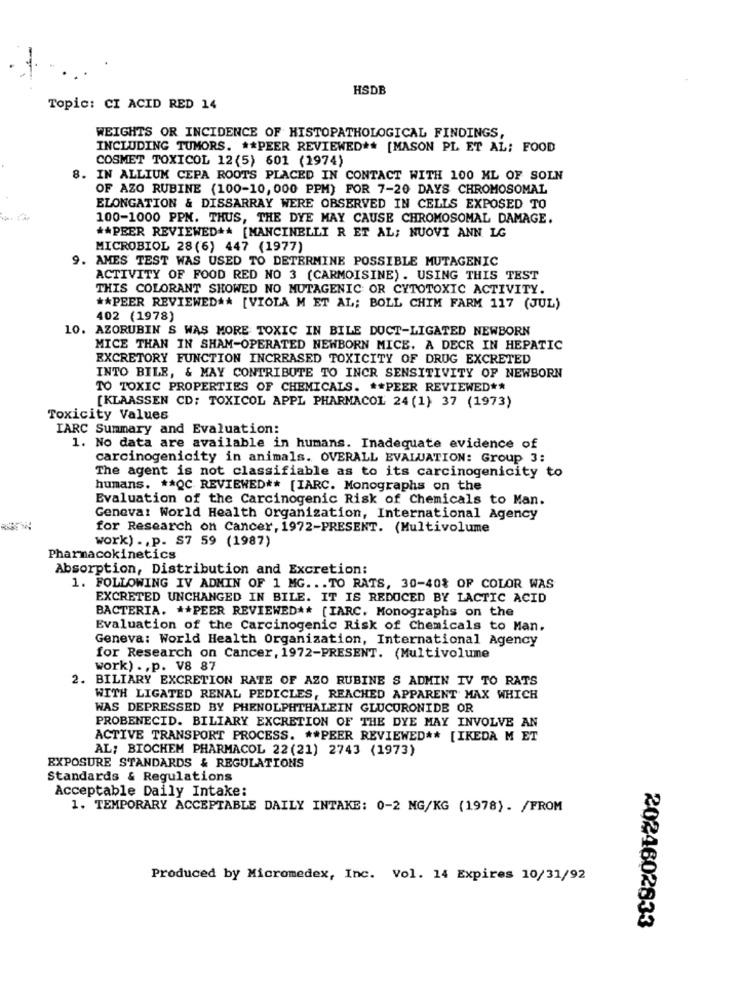
HSDB
Topic: CI ACID RED 14
WEIGHTS OR INCIDENCE OF HISTOPATHOLOGICAL FINDINGS,
INCLUDING TUMORS. ** PEER REVIEWED ** [MASON PL ET AL; FOOD
COSMET TOXICOL 12(5) 601 (1974)
8. IN ALLIUM CEPA ROOTS PLACED IN CONTACT WITH 100 ML OF SOLN
OF AZO RUBINE (100-10, 000 PPM) FOR 7-20 DAYS CHROMOSOMAL
ELONGATION & DISSARRAY WERE OBSERVED IN CELLS EXPOSED TO
100-1000 PPM. THUS, THE DYE MAY CAUSE CHROMOSOMAL DAMAGE.
** PEER REVIEWED ** [MANCINELLI R ET AL; NUOVI ANN LG
MICROBIOL 28(6) 447 (1977)
9. AMES TEST WAS USED TO DETERMINE POSSIBLE MUTAGENIC
ACTIVITY OF FOOD RED NO 3 (CARMOISINE). USING THIS TEST
THIS COLORANT SHOWED NO MUTAGENIC OR CYTOTOXIC ACTIVITY.
** PEER REVIEWED ** [VIOLA M ET AL; BOLL CHIM FARM 117 (JUL)
402 (1978)
10. AZORUBIN S WAS MORE TOXIC IN BILE DUCT-LIGATED NEWBORN
MICE THAN IN SHAM-OPERATED NEWBORN MICE. A DECR IN HEPATIC
EXCRETORY FUNCTION INCREASED TOXICITY OF DRUG EXCRETED
INTO BILE, & MAY CONTRIBUTE TO INCR SENSITIVITY OF NEWBORN
TO TOXIC PROPERTIES OF CHEMICALS. ** PEER REVIEWED **
[KLAASSEN CD; TOXICOL APPL PHARMACOL 24 (1) 37 (1973)
Toxicity Values
IARC Summary and Evaluation:
1. No data are available in humans. Inadequate evidence of
carcinogenicity in animals. OVERALL EVALUATION: Group 3:
The agent is not classifiable as to its carcinogenicity to
humans. #*QC REVIEWED ** [IARC. Monographs on the
Evaluation of the Carcinogenic Risk of Chemicals to Man.
Geneva: World Health Organization, International Agency
for Research on Cancer, 1972-PRESENT. (Multivolume
work) ., p. S7 59 (1987)
Pharmacokinetics
Absorption, Distribution and Excretion:
1. FOLLOWING IV ADMIN OF 1 MG. .. TO RATS, 30-40% OF COLOR WAS
EXCRETED UNCHANGED IN BILE. IT IS REDUCED BY LACTIC ACID
BACTERIA. ** PEER REVIEWED ** [IARC. Monographs on the
Evaluation of the Carcinogenic Risk of Chemicals to Man.
Geneva: World Health Organization, International Agency
for Research on Cancer, 1972-PRESENT. (Multivolume
work) ., p. V8 87
2. BILIARY EXCRETION RATE OF AZO RUBINE S ADMIN IV TO RATS
WITH LIGATED RENAL PEDICLES, REACHED APPARENT' MAX WHICH
WAS DEPRESSED BY PHENOLPHTHALEIN GLUCURONIDE OR
PROBENECID. BILIARY EXCRETION OF THE DYE MAY INVOLVE AN
ACTIVE TRANSPORT PROCESS. ** PEER REVIEWED ** [IKEDA M ET
AL; BIOCHEM PHARMACOL 22(21) 2743 (1973)
EXPOSURE STANDARDS & REGULATIONS
Standards & Regulations
Acceptable Daily Intake:
1. TEMPORARY ACCEPTABLE DAILY INTAKE: 0-2 MG/KG (1978). /FROM
Produced by Micromedex, Inc. Vol. 14 Expires 10/31/92
2024602833